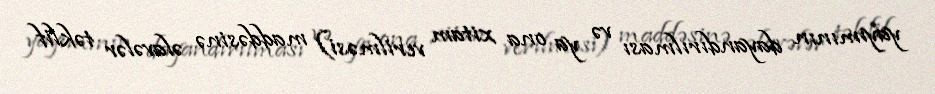
yayımının dayandırılması və ya ona xitam verilməsi) maddəsinə əlavələr təklif